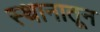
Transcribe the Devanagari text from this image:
स्थानातून